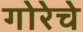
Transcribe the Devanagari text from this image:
गोरेचे